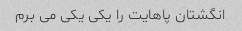
انگشتان پاهایت را یکی یکی می برم